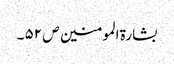
بشارۃ المومنین ص ۵۲ ۔